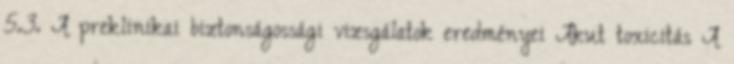
5.3. A preklinikai biztonságossági vizsgálatok eredményei Akut toxicitás A